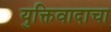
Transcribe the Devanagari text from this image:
युक्तिवादाचा